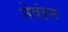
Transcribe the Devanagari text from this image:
नेवंहम